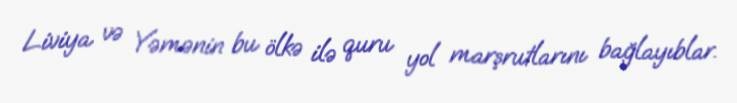
Liviya və Yəmənin bu ölkə ilə quru yol marşrutlarını bağlayıblar.